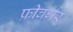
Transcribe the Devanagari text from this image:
फ्रीबर्गर